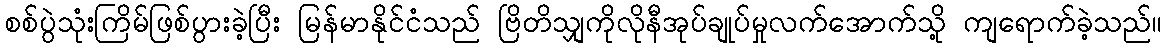
စစ်ပွဲသုံးကြိမ်ဖြစ်ပွားခဲ့ပြီး မြန်မာနိုင်ငံသည် ဗြိတိသျှကိုလိုနီအုပ်ချုပ်မှုလက်အောက်သို့ ကျရောက်ခဲ့သည်။